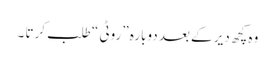
وہ کچھ دیر کے بعد دوبارہ ”روٹی “ طلب کرتا ۔